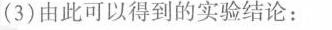
(3)由此可以得到的实验结论：